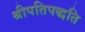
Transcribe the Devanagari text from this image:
श्रीपतिपद्धति